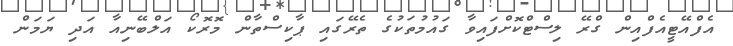
އެފްއޭޓީއެފްއިން ގްރޭ ލިސްޓްކޮށްފައިވާ ގައުމުތަކުގެ ތެރޭގައި ޕާކިސްތާން މޮރޮކޯ އަލްބޭނިއާ އަދި ޔަމަން